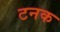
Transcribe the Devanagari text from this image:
टनक